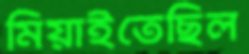
মিয়াইতেছিল